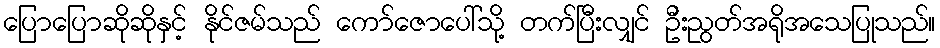
ပြောပြောဆိုဆိုနှင့် နိုင်ဇမ်သည် ကော်ဇောပေါ်သို့ တက်ပြီးလျှင် ဦးညွတ်အရိုအသေပြုသည်။